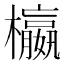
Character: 𣟅